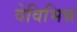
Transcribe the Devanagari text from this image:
वेविभिन्न